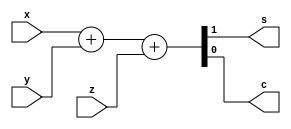
module FULLADDER(s,c,x,y,z);
    input x,y,z;
    output s,c;
    reg s,c;
    
    always @(x or y or z)
       {s,c} = x+y+z;
   endmodule

module ADDERSUB(c,overflow,out,A,B,sub);
    input [3:0] A,B;
    input sub;
    output c,overflow;
    output [3:0] out;
    
    wire c1,c2,c3;
    wire [3:0] b_use;
    
    xor x1(b_use[0],B[0],sub);
    xor x2(b_use[1],B[1],sub);
    xor x3(b_use[2],B[2],sub);
    xor x4(b_use[3],B[3],sub);
        
    FULLADDER f1(out[0],c1,A[0],B[0],sub);
    FULLADDER f2(out[1],c2,A[1],B[1],c1);
    FULLADDER f3(out[2],c3,A[2],B[2],c2);
    FULLADDER f4(out[3],c,A[3],B[3],c3);
    
    xor(overflow,c3,c);
endmodule